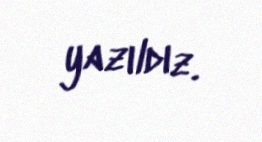
yazıldız.